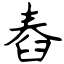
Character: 舂